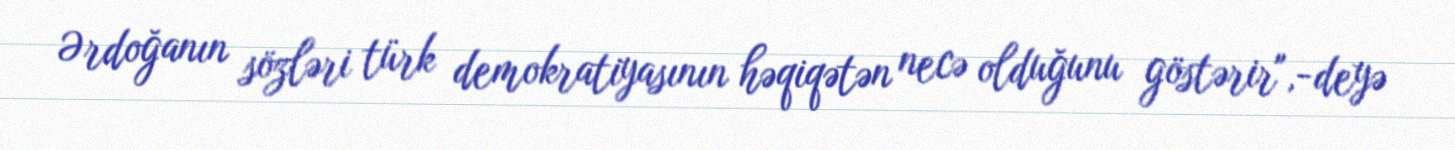
Ərdoğanın sözləri türk demokratiyasının həqiqətən necə olduğunu göstərir",-deyə